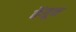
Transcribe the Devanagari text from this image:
केंतून